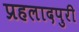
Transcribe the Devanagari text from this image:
प्रहलादपुरी